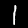
Digit: 1